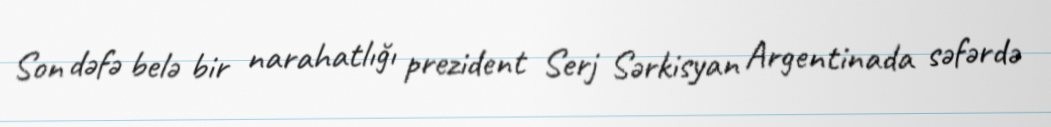
Son dəfə belə bir narahatlığı prezident Serj Sərkisyan Argentinada səfərdə